Jaan_Tonisson_(Lasteleht), lk 475
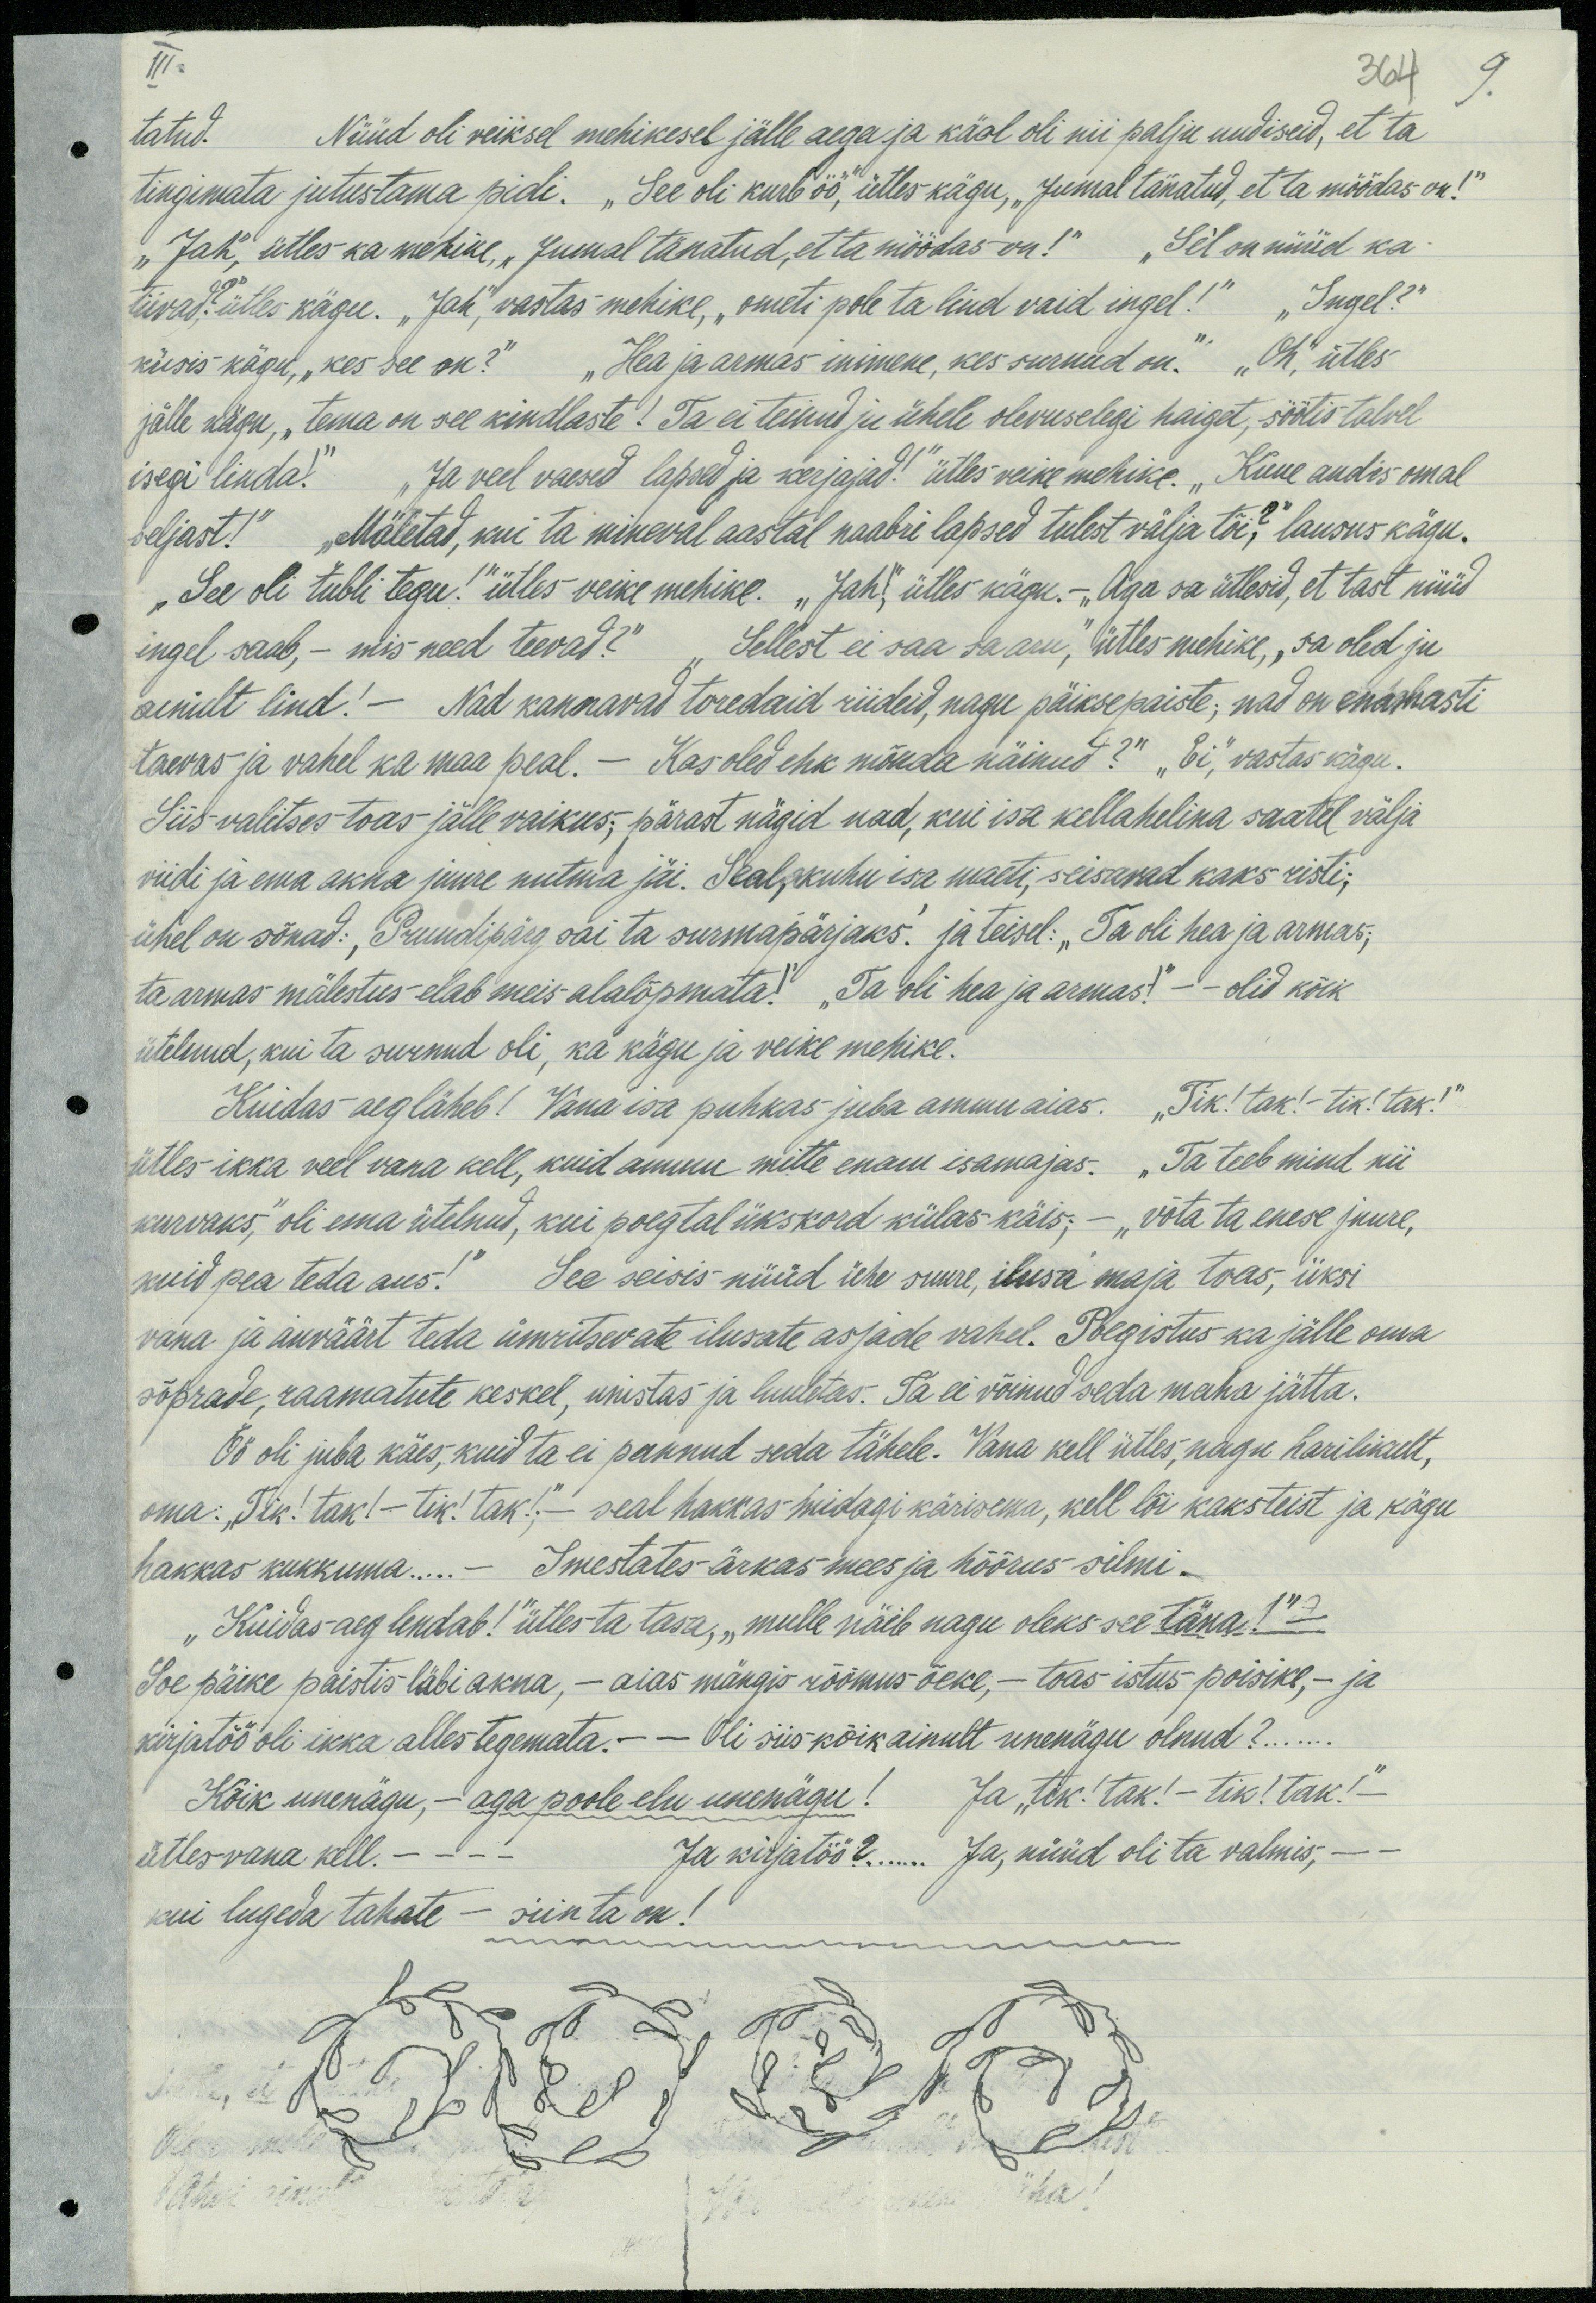
III
364  9.
tatud.
Nüüd oli veiksel mehikesel jälle aega ja käol oli nii palju uudiseid, et ta
tingimata jutustama pidi. "See oli kurb öö," ütles kägu, "Jumal tänatud, et ta möödas on!"
"Jah, ütles ka mehike, "Jumal tänatud, et ta möödas on!" Sel on nüüd ka
tiivad?" ütles kägu. "Jah, vastas mehike, "ometi pole ta lind vaid ingel!" "Ingel?"
küsis kägu, „kes see on?" "Hea ja armas inimene, kes surnud on." "Oh", ütles
jälle kägu, „tema on vee kindlaste! Ta ei teinud ju ühele olevuselegi haiget, söötis talvel
isegi linda. Ja veel vaesed lapsed ja kerjajad!" ütles veike mehike. „Kuue andis omal
seljast!" "Mäletad, kui ta mineval aastal naabri lapsed tulest välja tõi", lausus kägu.
"See oli tubli tegu!" ütles veike mehike. "Jah", ülles kägu.- "Aga sa ütlesid, et tast nüüd
ingel saab, - mis need teevad?" "Sellest ei saa sa aru," ütles mehike, "Sa oled ju
ainult lind! - Nad kannavad toredaid riideid, nagu päiksepaiste; nad on enamasti
taevas ja vahel ka maa peal. – Kas oled ehk mõnda näinud?" "Ei", vastas kägu.
Siis valitses toas jälle vaikus; pärast nägid nad, kui isa kellahelina saatel välja
viidi ja ema akna juure nutma jäi. Seal, kuhu isa maeti, seisavad kaks risti;
ühel on sõnad: "Pruudipärg sai ta surmapärjaks". ja teisel: "Ta oli hea ja armas,
ta armas mälestus-elab meis alalõpmata!" "Ta oli hea ja armas!" - olid kõik
ütelnud, kui ta surnud oli, ka kägu ja veike mehike.
"Kuidas aeg läheb! Vana isa puhkas juba ammu aias. "Tik! tak! - tik! tak!
Ütles ikka veel vana kell, kuid ammu mitte enam isamajas. „Ta teeb mind nii
kurvaks." oli ema ütelnud, kui poeg tal ükskord külas käis; - "võta ta enese juure,
kuid pea teda aus." See seisis nüüd ühe suure, ilusa maja toas, üksi
vana ja auväärt teda ümritsevate ilusate asjade vahel. Poeg istus ka jälle oma
sõbrade, raamatute keskel, unistas ja luuletas. Ta ei võinud seda maha jätta.
Öö oli juba käes, kuid ta ei pannud seda tähele. Vana kell ütles, nagu harilikalt,
oma. "Tik! tak! - tik! tak!!" - seal hakkas midagi kärisema, kell lõi kaksteist ja kägu
hakkas kukkuma... - Imestates ärkas mees ja hõõrus silmi-
Kuidas aeg lendab!" ütles ta tasa, „mulle näib nagu oleks see täna!“
See päike paistis läbi akna, - aias mängis rõõmus õeke, - toas istus poisike, - ja
kirjatöö oli ikka alles tegemata.- - Oli siis kõik ainult unenägu olnud?.......
Kõik unenägu, - aga pole elu unenägu! Ja "tik! tak! - tik! tak! -
ütles vana kell. - - Ja kirjatöö? Ja, nüüd oli ta valmis, - -
kui lugeda tahate - siin ta on!